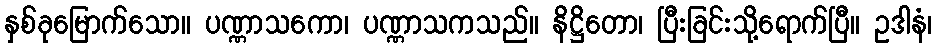
နှစ်ခုမြောက်သော။ ပဏ္ဏာသကော၊ ပဏ္ဏာသကသည်။ နိဋ္ဌိတော၊ ပြီးခြင်းသို့ရောက်ပြီ။ ဥဒါနံ၊